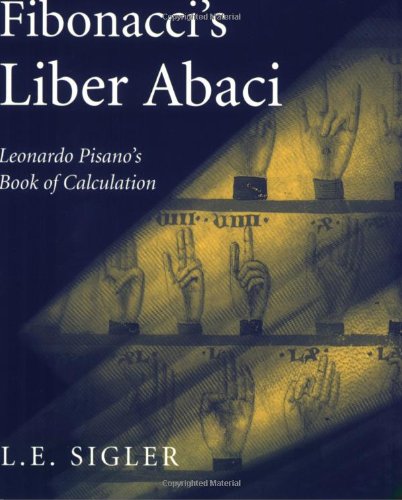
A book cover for Fibonacci's Liber Abaci: A Translation into Modern English of Leonardo Pisano's Book of Calculation (Sources and Studies in the History of Mathematics and Physical Sciences); Laurence Sigler; Science & Math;